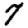
Digit: 7